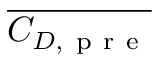
\overline { { C _ { D , \mathrm { ~ p ~ r ~ e ~ } } } }